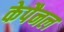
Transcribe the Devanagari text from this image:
केपैनल